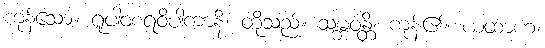
ကုန်သော။ ရူပါဝစရဝိပါကာနိ၊ တို့သည်။ သမ္ဘဝန္တိ၊ ကုန်၏။ ယထာဟ၊